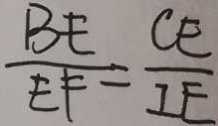
\frac { B E } { E F } = \frac { C E } { I E }